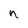
Character: n